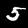
Digit: 5